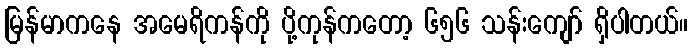
မြန်မာကနေ အမေရိကန်ကို ပို့ကုန်ကတော့ ၆၅၆ သန်းကျော် ရှိပါတယ်။